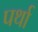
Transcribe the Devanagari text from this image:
पर्था